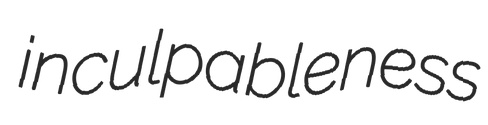
inculpableness